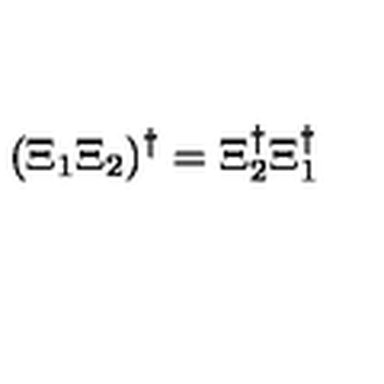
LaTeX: ( \Xi _ { 1 } \Xi _ { 2 } ) ^ { \dagger } = \Xi _ { 2 } ^ { \dagger } \Xi _ { 1 } ^ { \dagger }